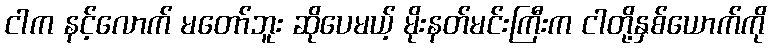
ငါက နင့်လောက် မတော်ဘူး ဆိုပေမယ့် မိုးနတ်မင်းကြီးက ငါတို့နှစ်ယောက်ကို